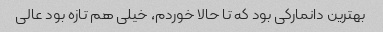
بهترین دانمارکی بود که تا حالا خوردم، خیلی هم تازه بود عالی